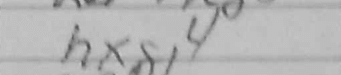
Transcription: hxg4